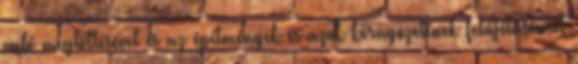
való megtöltésével és az építmények és azok környezetének felújításával